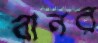
বানর